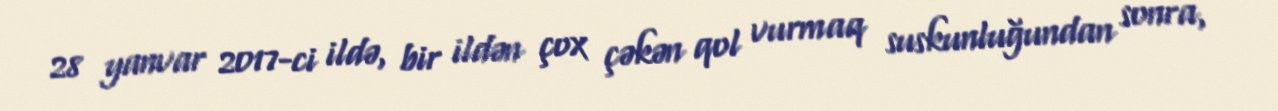
28 yanvar 2017-ci ildə, bir ildən çox çəkən qol vurmaq suskunluğundan sonra,